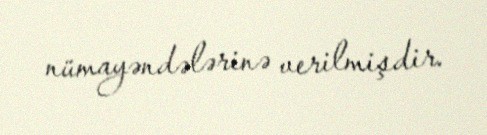
nümayəndələrinə verilmişdir.